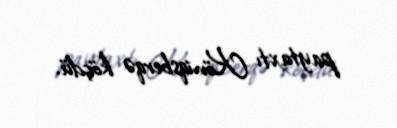
paytaxtı Köniqsberqə köçdü.